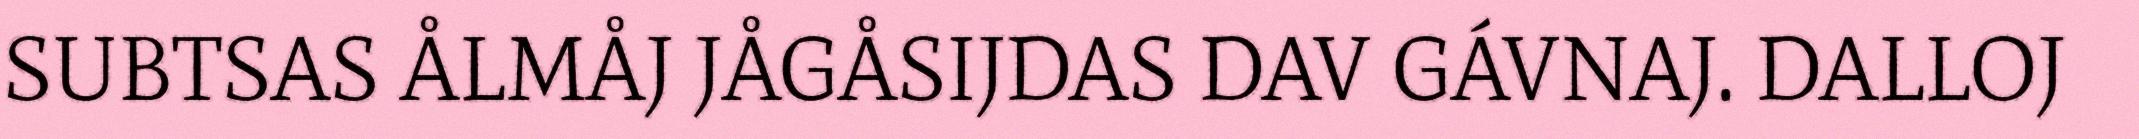
SUBTSAS ÅLMÅJ JÅGÅSIJDAS DAV GÁVNAJ. DALLOJ